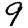
Digit: 9